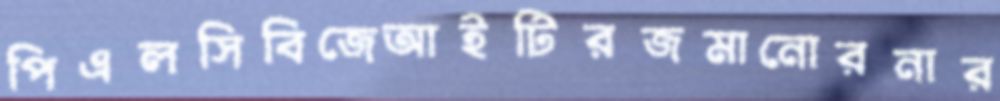
পিএলসিবিজেআইটিরজমানোরনার